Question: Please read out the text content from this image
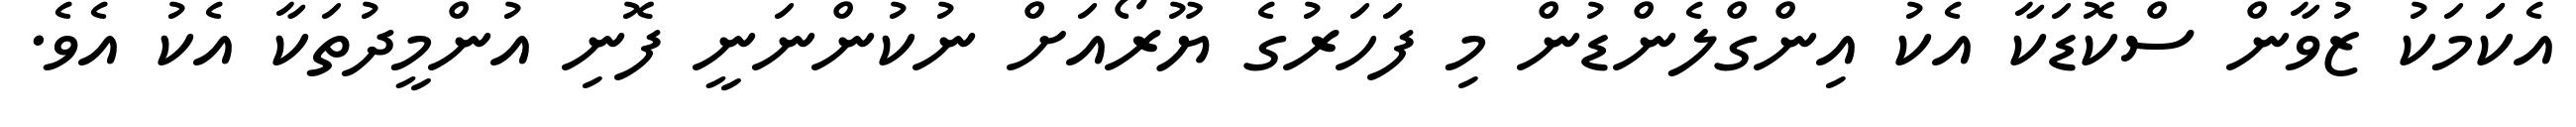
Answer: އެކަަމަކު ޒުވާން ސްކޮޑަކާ އެކު އިންގްލެންޑުން މި ފަހަރުގެ ޔޫރޯއަށް ނުކުންނަނީ ފޮނި އުންމީދުތަކާ އެކު އެވެ.